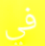
في